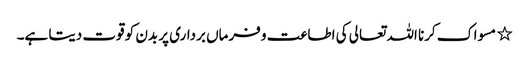
٭ مسواک کرنا اللہ تعالی کی اطاعت و فرماں برداری پر بدن کو قوت دیتا ہے۔